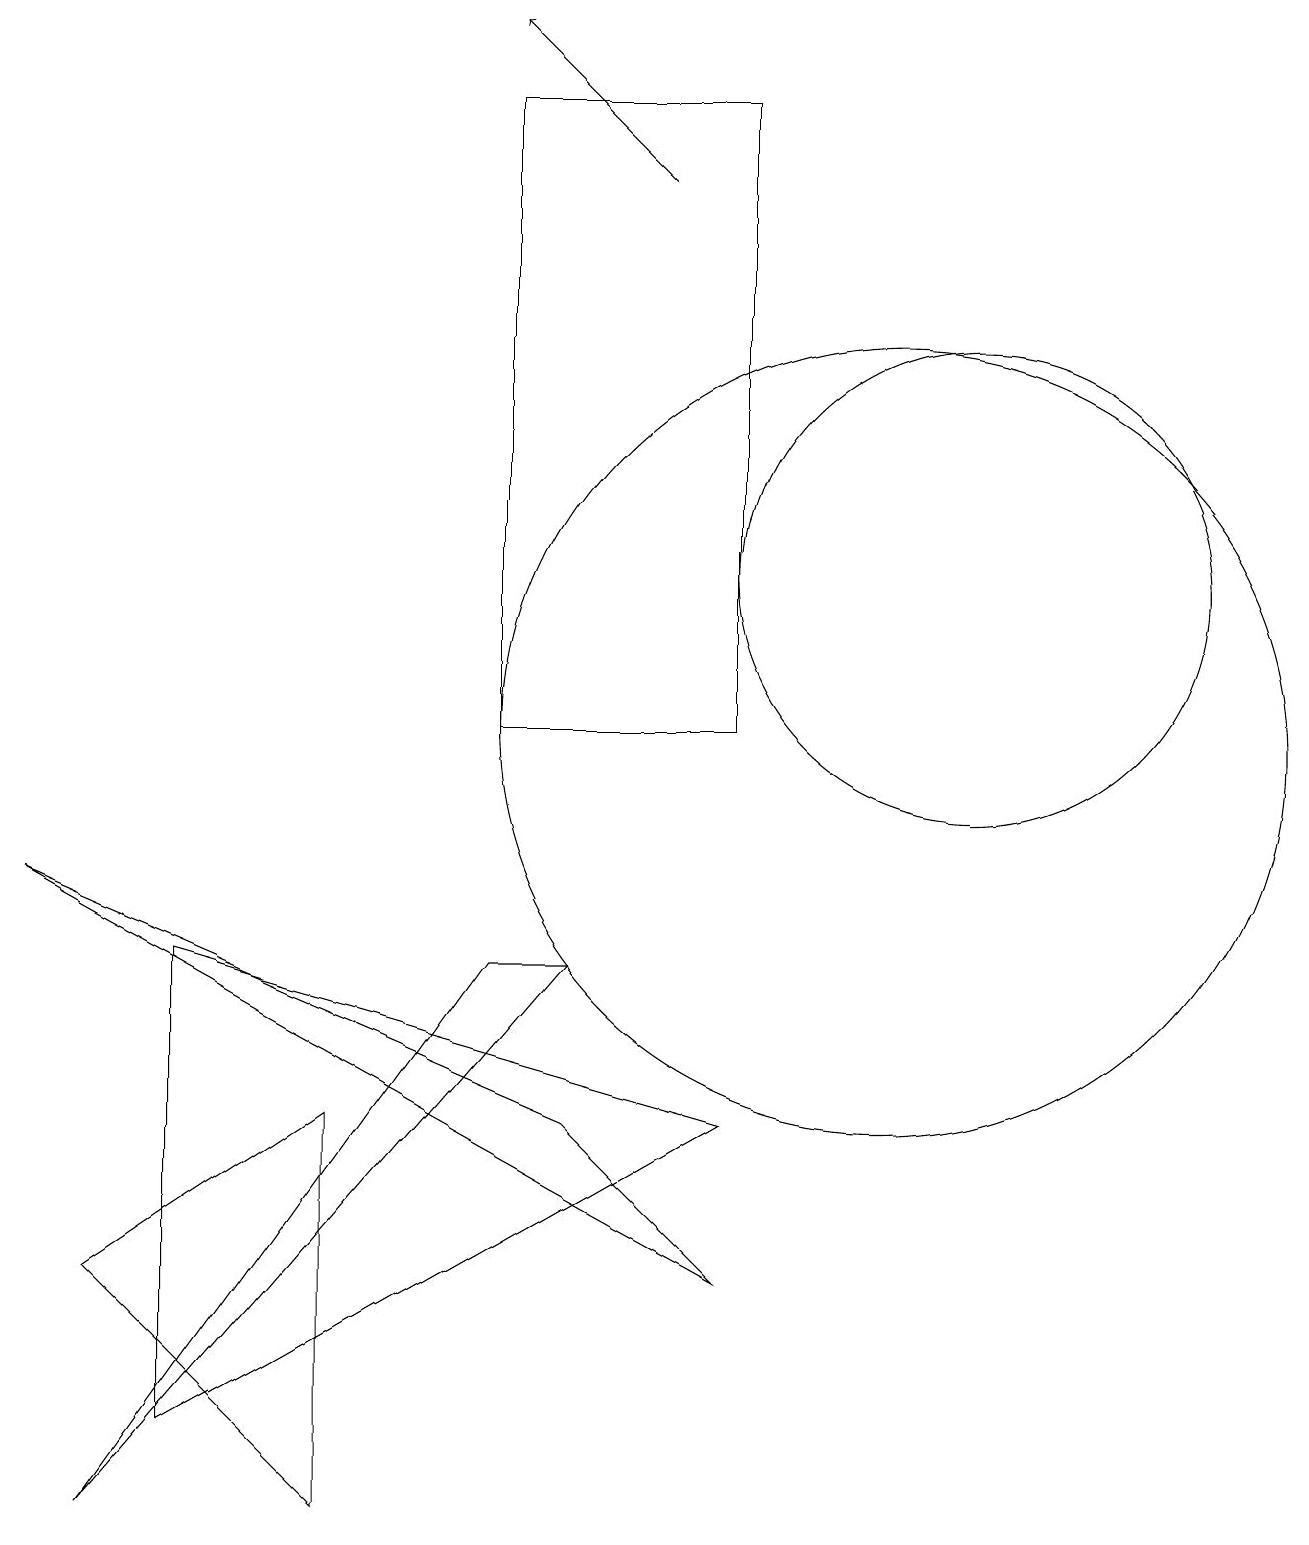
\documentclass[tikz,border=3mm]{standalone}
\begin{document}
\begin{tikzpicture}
\draw (11,10) circle (5);
\draw (0,8) -- (9,3) -- (7,5) -- cycle;
\draw (7,7) -- (1,0) -- (6,7) -- cycle;
\draw (4,0) -- (1,3) -- (4,5) -- cycle;
\draw (6,18) rectangle (9,10);
\draw[->] (8,17) -- (6,19);
\draw (12,12) circle (3);
\draw (9,5) -- (2,7) -- (2,1) -- cycle;
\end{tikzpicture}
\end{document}